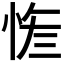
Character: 𢚮